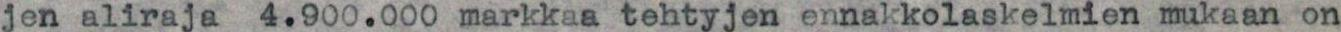
jen aliraja 4.900.000 markkaa tehtyjen ennakkolaskelmien mukaan on